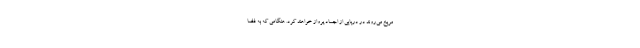
مریخ می‌روند در دریایی از اجساد پرواز خواهند کرد. هنگامی که به فضا